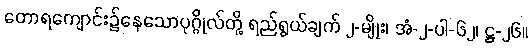
တောရကျောင်း၌နေသောပုဂ္ဂိုလ်တို့ ရည်ရွယ်ချက် ၂-မျိုး၊ အံ-၂-ပါ-၆၂၊ ဋ္ဌ-၂၆။